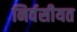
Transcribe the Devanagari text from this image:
निर्वसीयत